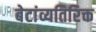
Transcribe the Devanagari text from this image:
बेटांव्यतिरिक्त